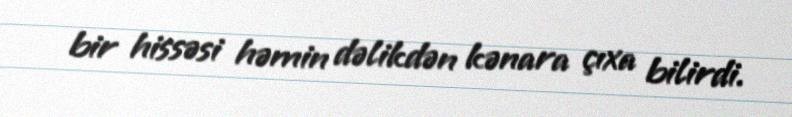
bir hissəsi həmin dəlikdən kənara çıxa bilirdi.